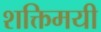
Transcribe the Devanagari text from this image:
शक्तिमयी